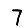
Digit: 7